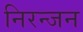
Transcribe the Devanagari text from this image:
निरन्जन